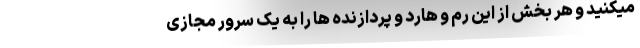
میکنید و هر بخش از این رم و هارد و پردازنده ها را به یک سرور مجازی